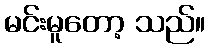
မင်းမူတော့ သည်။